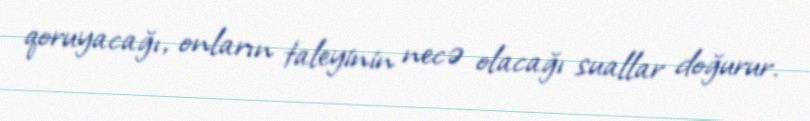
qoruyacağı, onların taleyinin necə olacağı suallar doğurur.